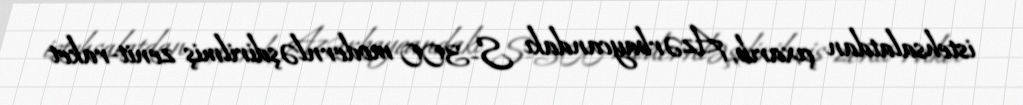
istehsalatdan çıxarıb, Azərbaycandakı S-300 modernləşdirilmiş zenit-raket